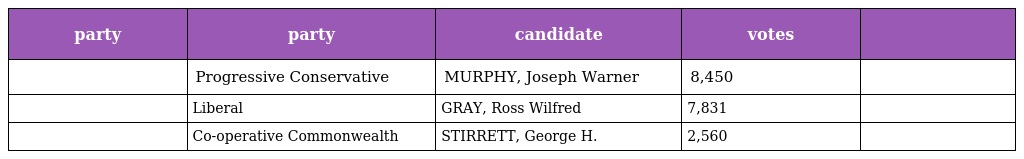
| party | party | candidate | votes |  |
 | --- | --- | --- | --- | --- |
 |  | Progressive Conservative | MURPHY, Joseph Warner | 8,450 |  |
 |  | Liberal | GRAY, Ross Wilfred | 7,831 |  |
 |  | Co-operative Commonwealth | STIRRETT, George H. | 2,560 |  |